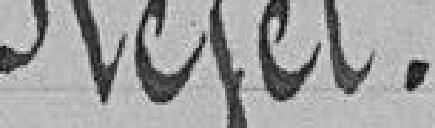
Rejet.